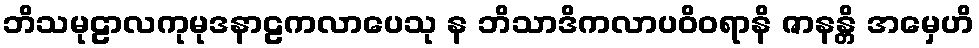
ဘိသမုဠာလကုမုဒနာဠကလာပေသု န ဘိသာဒိကလာပဝိဝရာနိ ဇာနန္တိ အမှေဟိ